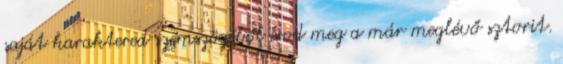
saját karaktered szemszögéből írod meg a már meglévő sztorit.